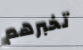
تخبرهم